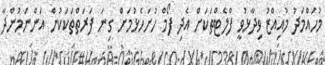
މުހައްމަދު މުއިއްޒު ވިދާޅުވީ ފްލެޓްތަކަށް އެދި ފޯމް ހުށަހެޅުމަށް ގިނަ ފަރަތްތަކަކުން އަންނަމުންދާ